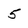
Character: 5